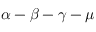
\alpha - \beta - \gamma - \mu